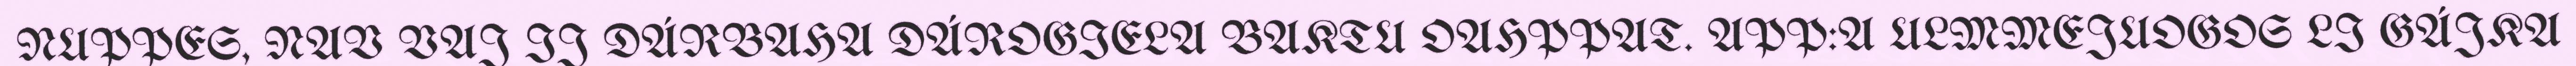
NUPPES, NAV VAJ IJ DÁRBAHA DÁROGIELA BAKTU OAHPPAT. APP:A ULMMEJUOGOS LI GÁJKA